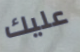
عليك